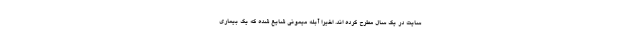
سایت در یک سال مطرح کرده اند. اخیرا آبله میمونی شایع شده که یک بیماری